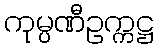
ကုမ္ပဏီဥက္ကဋ္ဌ